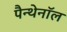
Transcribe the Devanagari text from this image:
पैन्थेनॉल